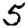
Digit: 5